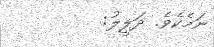
ނަމެކެވެ. ދަލީލު: